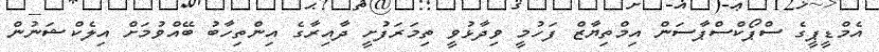
އެމްޑީޕީގެ ސްޕޯކްސްޕާސަން އިމްތިޔާޒް ފަހުމީ ވިދާޅުވީ ތިމަރަފުށީ ދާއިރާގެ އިންތިހާބު ބޭއްވުމަށް އިލެކްޝަނުން